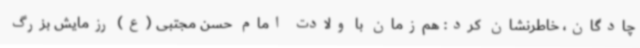
چادگان، خاطرنشان کرد: هم‌زمان با ولادت امام حسن مجتبی (ع) رزمایش بزرگ